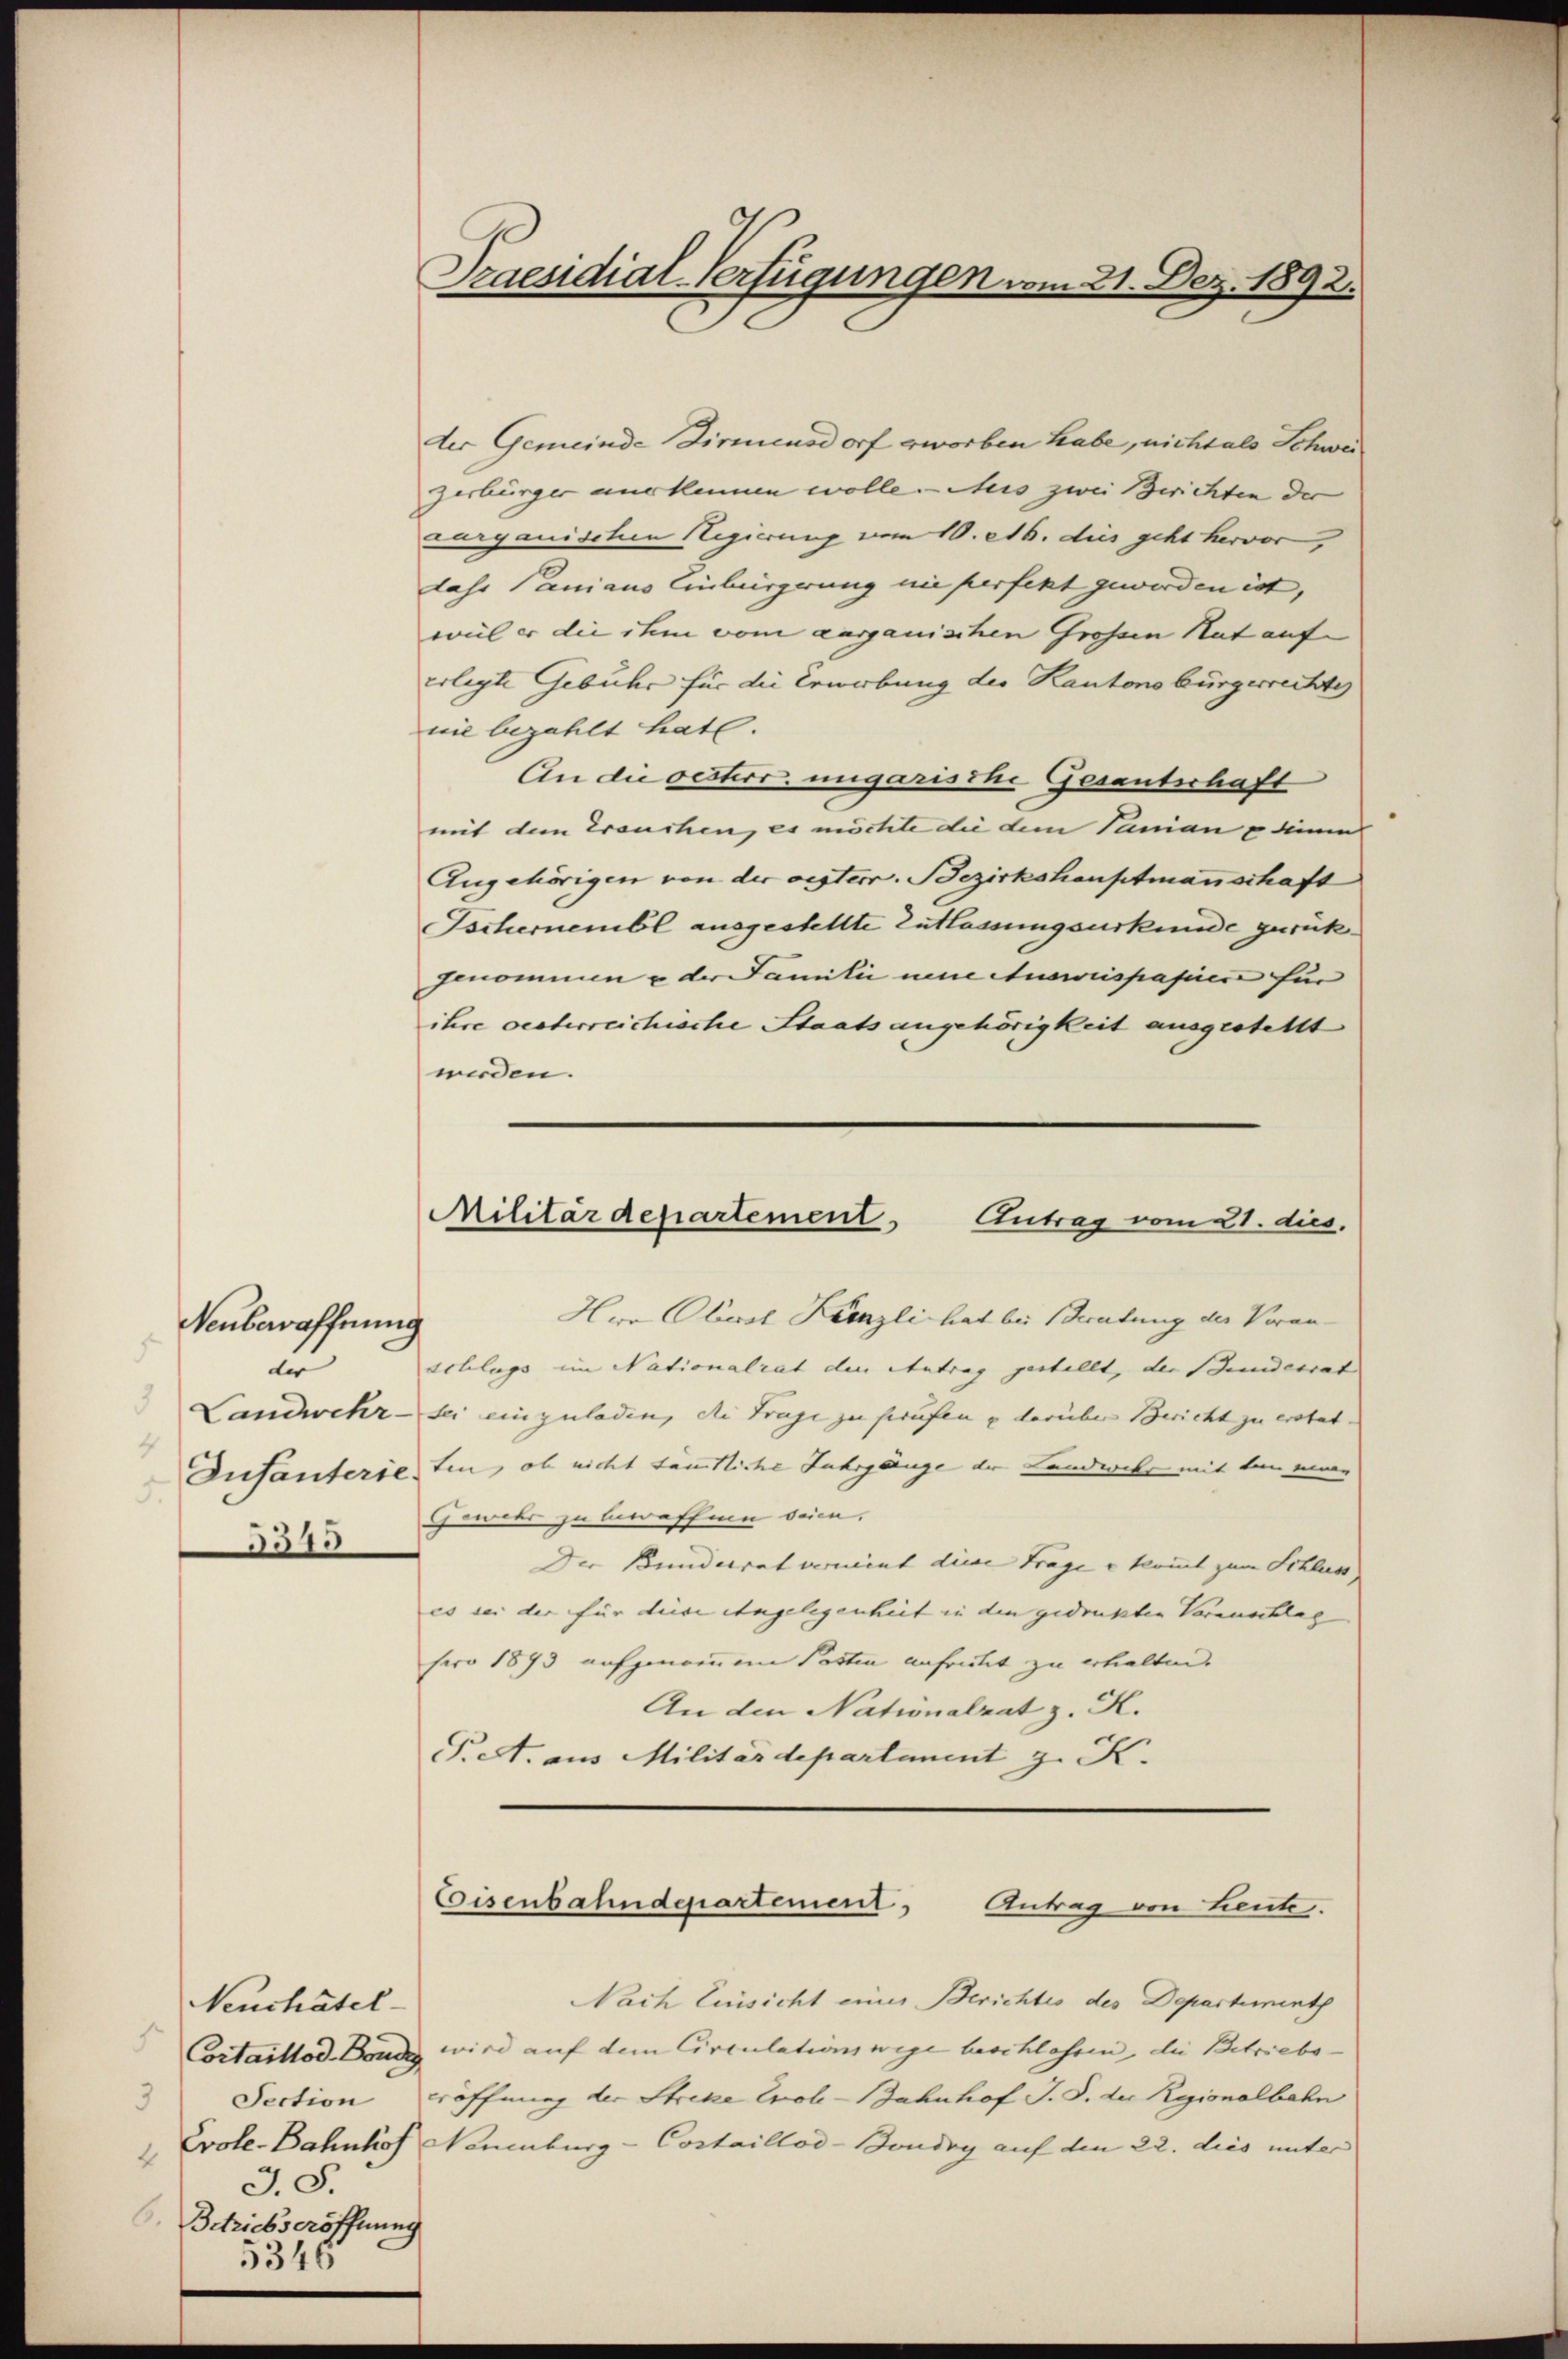
Neubewaffnung
e
3
Landwehr-
4
Infanterie
3513

Neuchâtel
3
J.S.
. Betriebseröffnung
5346

Praesidial-Verfügungen vom 21. Dez. 1892.

Coisenbahndepartement. Antrag von Leute.

der Gemeinde Birmensdorf worben habe, nicht als Schweizerbürger nur kennen wolle. Seis zwei Berichten der
zarganischen Regierung vom 10. et. dies geht hervor,
dass Paniaus Einbürgerung nie perfekt geworden ist,
wil er die ihm vom aargauischen Grossen Nat aufe
erlegte Gebühr für die Erwerbung der Kantonsbürgerrechtes
nie bezahlt hat.
An die oesterr. ungarische Gesantschaft
mit dem Ersuchen, es möchte die dem Sanian u diene
Angehörigen von der oesterr. Bezirkshauptmannschaft
Eschernembl ausgestellte Entlassungsurkunde zurück
genommen u der Familie neue Ausweispapier für
ihre oesterreichische Staats angehörigkeit ausgestellt
werden.
Militärdepartement Antrag vom 21. dies
Herr Oberal Kanzli hat bei Beratung der Veran-
Schlags im Nationalrat den Antrag gestellt, der Stundesrat
sei einzuladen, die Trage zu scrufen u darüber Bericht zu erstat-
ten, ob nicht sämtliche Jahrgänge der Landwehr mit den eine
Gewehr zu bewaffnen seien.
Der Bunderrat verment diese Frage u kommt zum Schluss
es sei der für diese Angelegenheit in den gedrukten Vorauschlag
pro 1873 aufgenommene Posten aufricht zu erhalten.
An den Nationalrat z. K.
T. A. aus Militärdepartement z. K.

Nach Einsicht einer Berichtes des Departementh
Cortaillod Bonn wird auf dem Circulationswege beschlassen, die Betriebs-
Section eröffnung der Streke Evol-Bahnhof J. J. der Regionalbahn
2 Evole-Bahnhof Neuenburg - Costaillod-Boudry auf den 22. dies unter